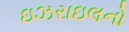
ઇઝરાઇલનો